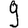
Digit: 9